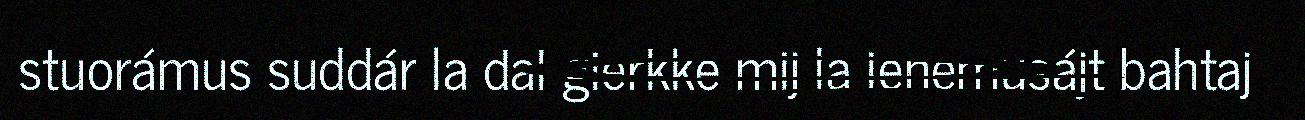
stuorámus suddár la dal gierkke mij la ienemusájt bahtaj